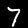
Label: 7